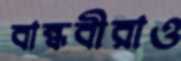
বান্ধবীরাও